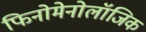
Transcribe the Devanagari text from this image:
फिनोमेनोलॉजिक